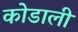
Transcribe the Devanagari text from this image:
कोडाली